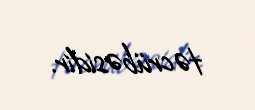
təcrübəsidir.